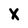
Character: X